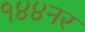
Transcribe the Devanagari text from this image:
१४४नर